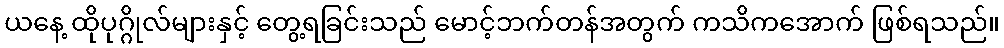
ယနေ့ ထိုပုဂ္ဂိုလ်များနှင့် တွေ့ရခြင်းသည် မောင့်ဘက်တန်အတွက် ကသိကအောက် ဖြစ်ရသည်။